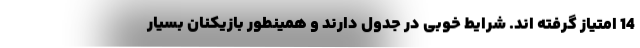
14 امتیاز گرفته اند. شرایط خوبی در جدول دارند و همینطور بازیکنان بسیار